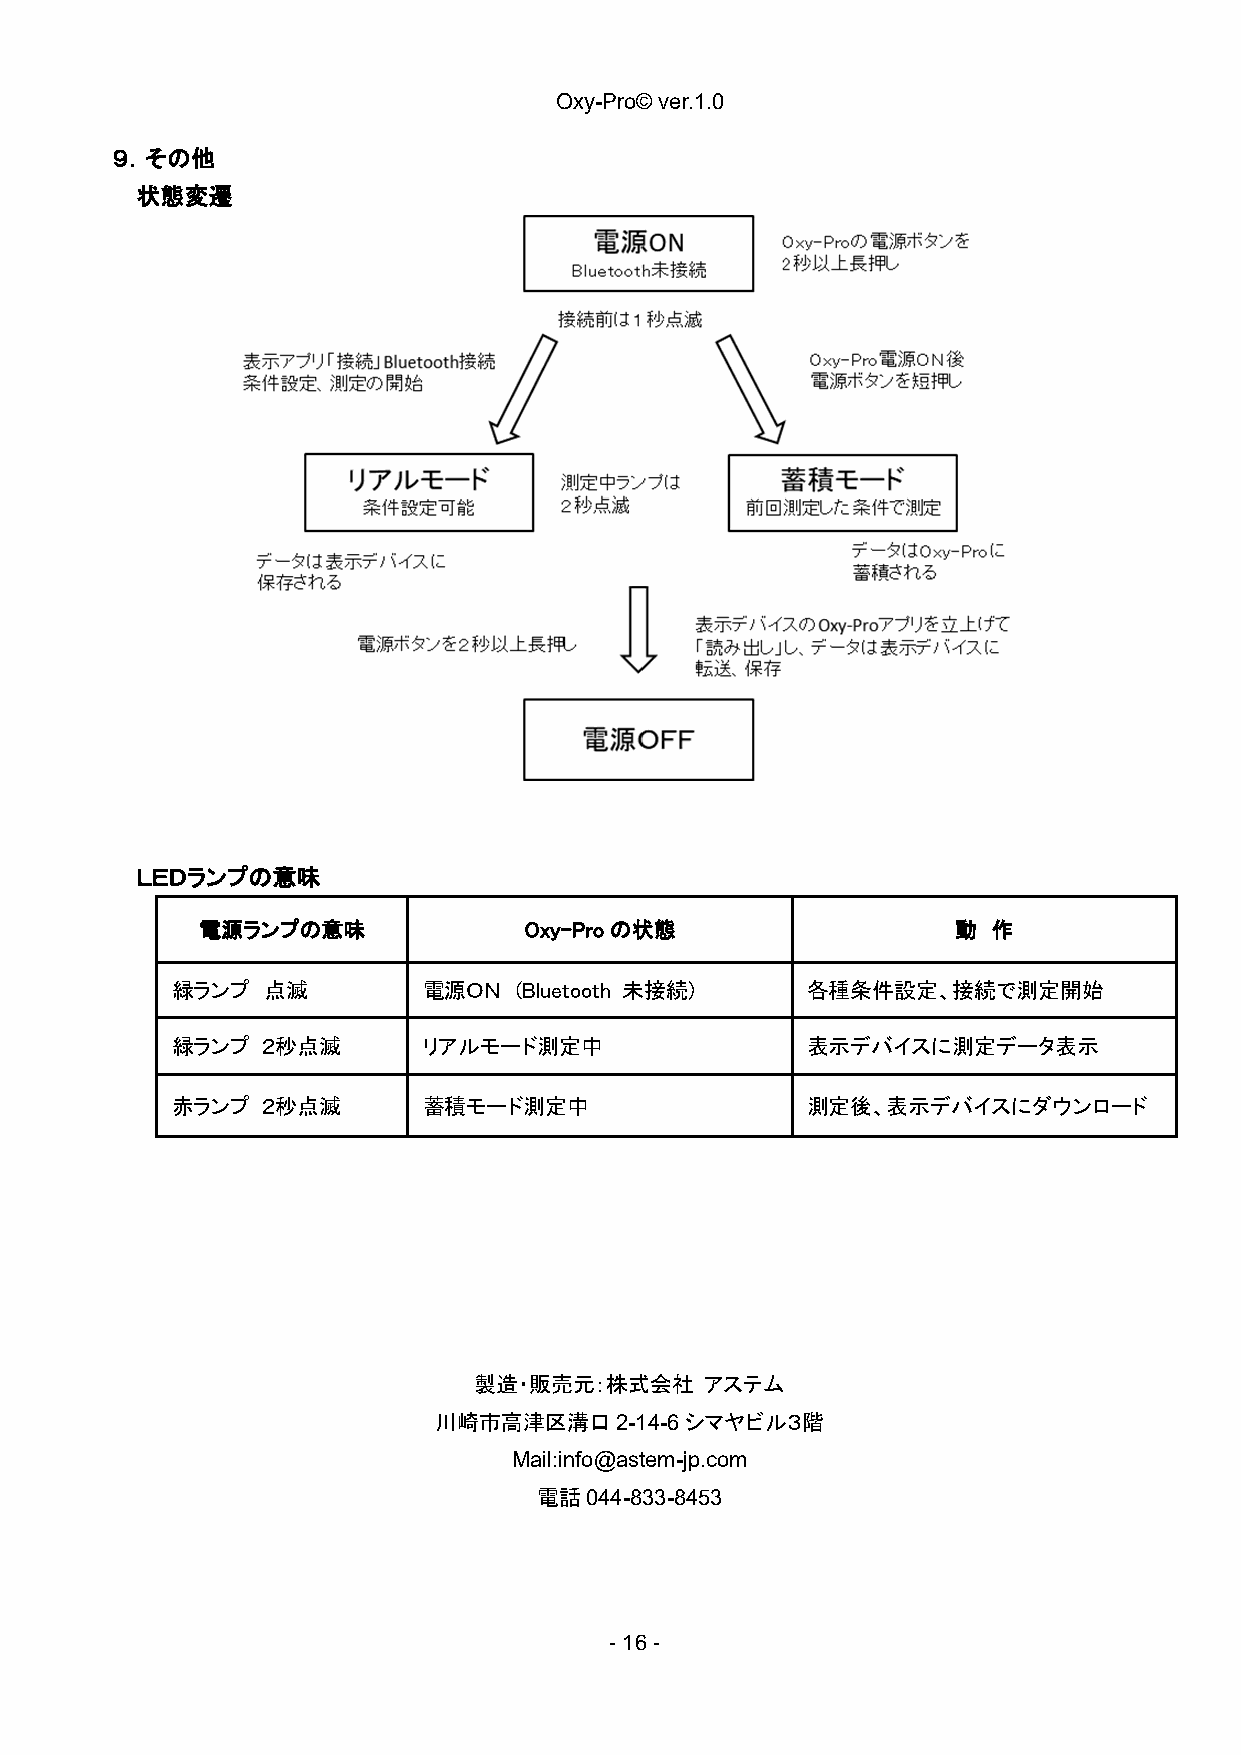
Oxy-Pro© ver.1.0
 ９．その他
 状態変遷
 ＬＥＤランプの意味
 電源ランプの意味              Oxy-Proの状態                  動  作
 緑ランプ  点滅         電源ＯＮ  (Bluetooth 未接続)    各種条件設定、接続で測定開始
 緑ランプ  ２秒点滅       リアルモード測定中                表示デバイスに測定データ表示
 赤ランプ  ２秒点滅       蓄積モード測定中                 測定後、表示デバイスにダウンロード
 製造・販売元：株式会社     アステム
 川崎市高津区溝口2-14-6シマヤビル３階
 Mail:info@astem-jp.com
 電話044-833-8453
 - 16 -